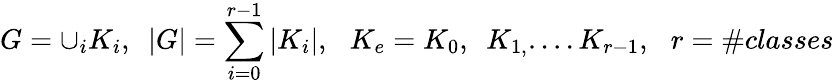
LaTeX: G=\cup_{i}K_{i},\, \, \, \left|G\right|=\sum_{i=0}^{r-1}\left|K_{i}\right|,\, \, \, \, K_{e}=K_{0},\, \, \, K_{1,}....K_{r-1},\, \, \, \, r=\# classes